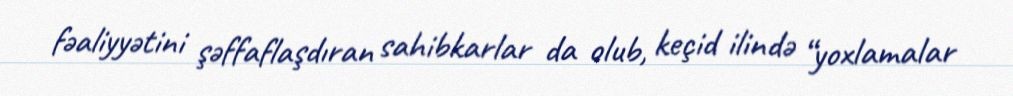
fəaliyyətini şəffaflaşdıran sahibkarlar da olub, keçid ilində “yoxlamalar